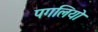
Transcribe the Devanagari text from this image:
पगलियो